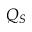
Q _ { S }